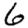
Digit: 6